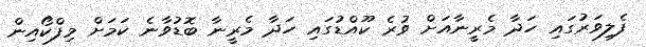
ފެލިވަރުގައި ހަދާ މެރީނާއަށް ވުރެ ކޫއްޑުގައި ހަދާ މެރީނާ ބޮޑުވާނެ ކަމަށް މިފްކޯއިން